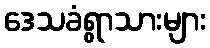
ဒေသခံရွာသားများ